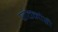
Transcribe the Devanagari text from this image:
पाठमोरी